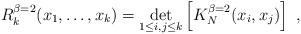
LaTeX: \begin{align*}R_k^{\beta=2}(x_1,\ldots,x_k)=\det_{1\leq i,j\leq k}\left[K_{N}^{\beta=2}(x_i,x_j)\right]\ ,\end{align*}